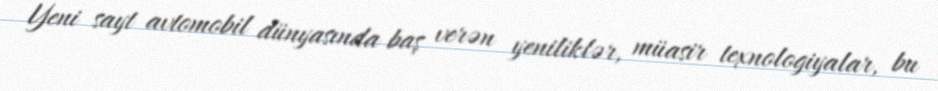
Yeni sayt avtomobil dünyasında baş verən yeniliklər, müasir texnologiyalar, bu